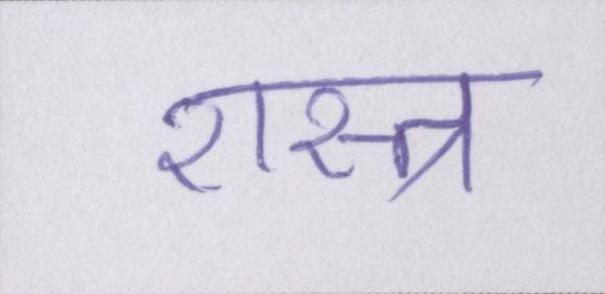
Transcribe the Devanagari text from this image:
शस्त्र